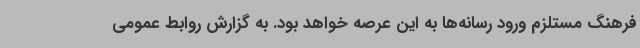
فرهنگ مستلزم ورود رسانه‌ها به این عرصه خواهد بود. به گزارش روابط عمومی